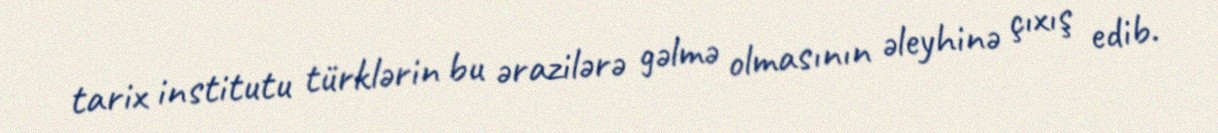
tarix institutu türklərin bu ərazilərə gəlmə olmasının əleyhinə çıxış edib.